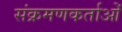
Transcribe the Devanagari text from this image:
संक्रमणकर्ताओं